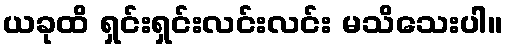
ယခုထိ ရှင်းရှင်းလင်းလင်း မသိသေးပါ။